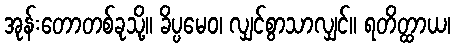
အုန်းတောတစ်ခုသို့။ ခိပ္ပမေဝ၊ လျှင်စွာသာလျှင်။ ရတိတ္ထာယ၊